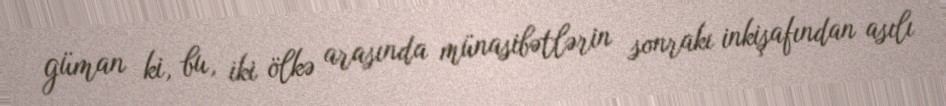
güman ki, bu, iki ölkə arasında münasibətlərin sonrakı inkişafından asılı